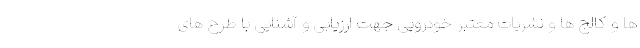
ها و کالج ها و نشریات معتبر خودرویی جهت ارزیابی و آشنایی با طرح های